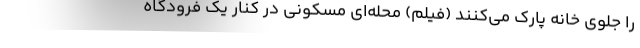
را جلوی خانه پارک می‌کنند (فیلم) محله‌ای مسکونی در کنار یک فرودگاه